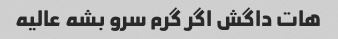
هات داگش اگر گرم سرو بشه عالیه